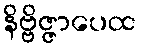
နိဗ္ဗိဇ္ဇာပေထ